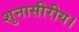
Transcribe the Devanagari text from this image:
शुनासीरीय।